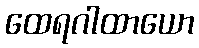
ထေရဂါထာယော